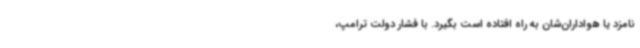
نامزد یا هواداران‌شان به راه افتاده است بگیرد. با فشار دولت ترامپ،